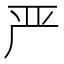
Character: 严